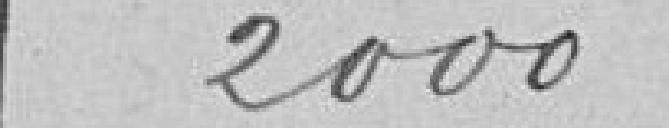
2000